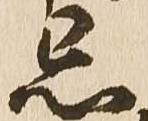
忌